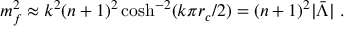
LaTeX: m _ { f } ^ { 2 } \approx k ^ { 2 } ( n + 1 ) ^ { 2 } \cosh ^ { - 2 } ( k \pi r _ { c } / 2 ) = ( n + 1 ) ^ { 2 } | \bar { \Lambda } | \ .